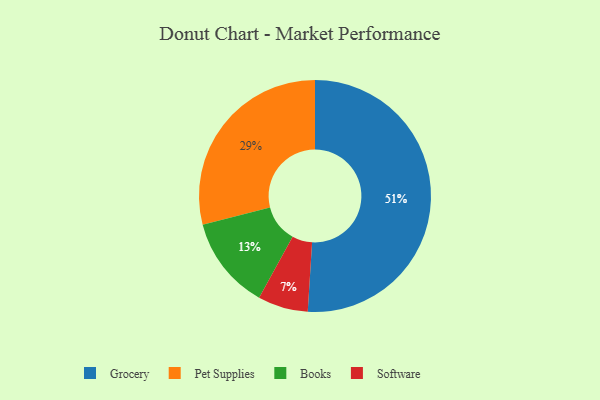
{"axis": {"x": "Category", "y": "Percentage"}, "legend": ["Books", "Grocery", "Pet Supplies", "Software"], "data": [{"x": "Grocery", "y": 51, "type": "Grocery"}, {"x": "Software", "y": 7, "type": "Software"}, {"x": "Books", "y": 13, "type": "Books"}, {"x": "Pet Supplies", "y": 29, "type": "Pet Supplies"}]}